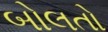
બોલતો